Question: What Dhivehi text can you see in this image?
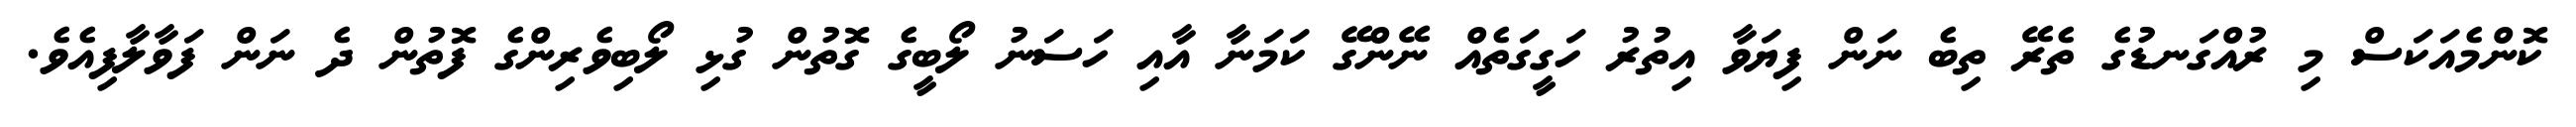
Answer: ކޮންމެއަކަސް މި ރުއްގަނޑުގެ ތެރޭ ތިބެ ނަން ފިޔަވާ އިތުރު ހަގީގަތެއް ނޭންގޭ ކަމަނާ އާއި ހަސަނު ލޯބީގެ ގޮތުން ގުޅި ލޯބިވެރިންގެ ފޮތުން ދެ ނަން ފަވާލާފިއެވެ.